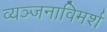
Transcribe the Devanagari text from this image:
व्यञ्जनाविमर्श